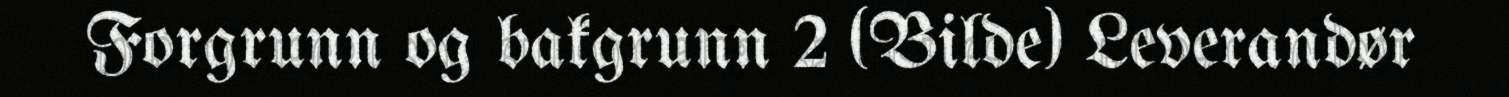
Forgrunn og bakgrunn 2 (Bilde) Leverandør